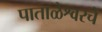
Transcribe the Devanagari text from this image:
पाताळेश्वरचे